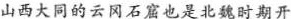
山西大同的云冈石窟也是北魏时期开